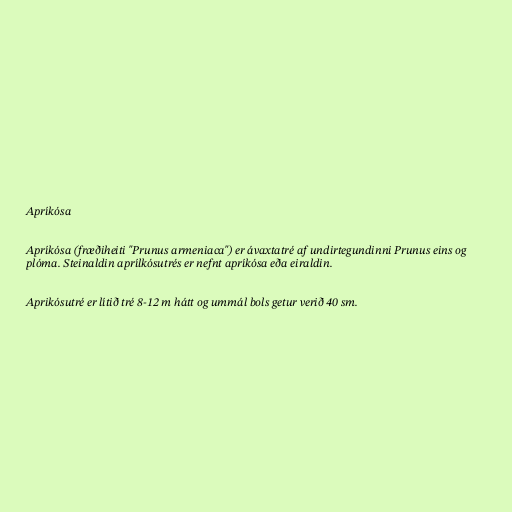
Apríkósa

Apríkósa (fræðiheiti "Prunus armeniaca") er ávaxtatré af undirtegundinni Prunus eins og
plóma. Steinaldin aprílkósutrés er nefnt apríkósa eða eiraldin.

Aprikósutré er lítið tré 8-12 m hátt og ummál bols getur verið 40 sm.